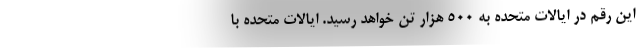
این رقم در ایالات متحده به ۵۰۰ هزار تن خواهد رسید. ایالات متحده با